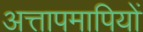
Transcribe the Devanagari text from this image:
अत्तापमापियों